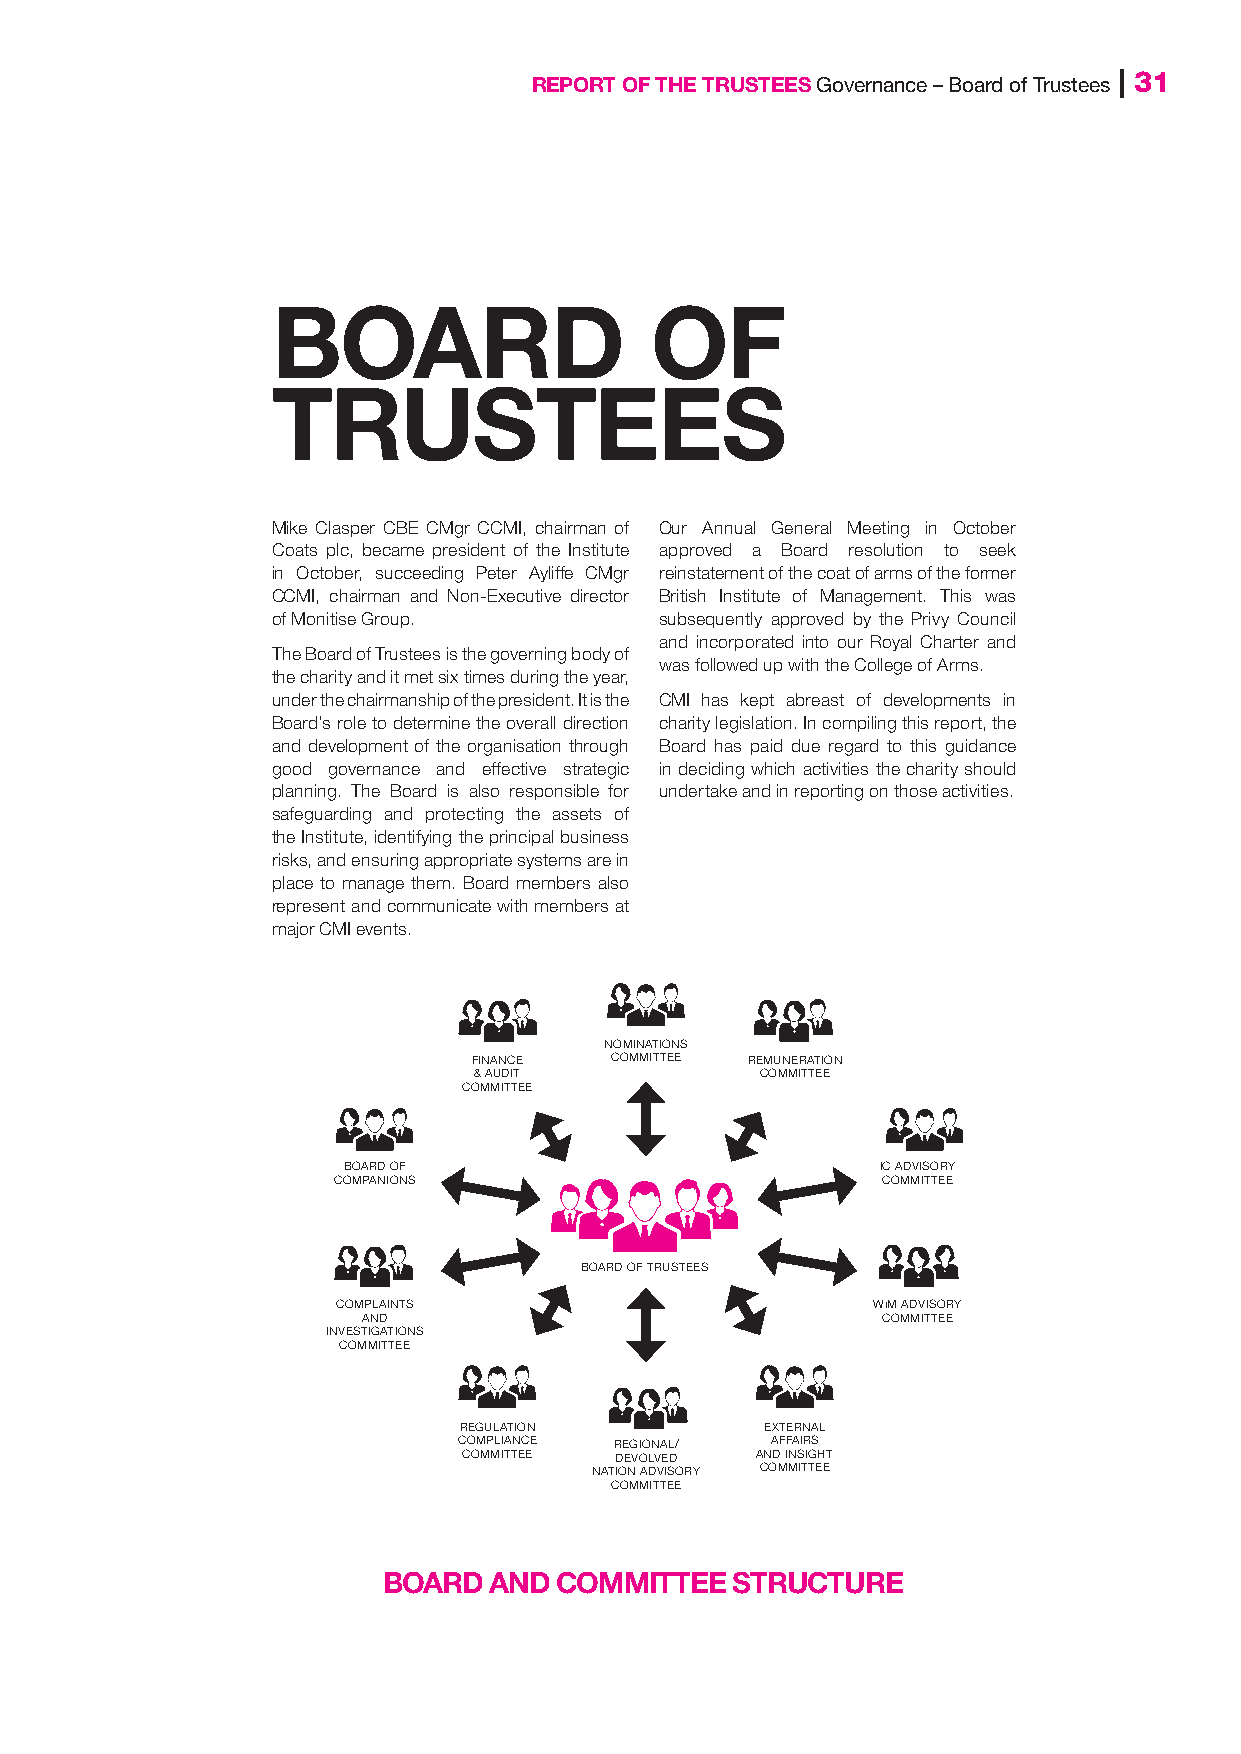
REPORT OF THE TRUSTEES Governance – Board of Trustees | 31
 BOARD                    OF
 TRUSTEES
 Mike Clasper CBE CMgr CCMI, chairman of Our Annual General Meeting in October
 Coats plc, became president of the Institute approved a Board resolution to seek
 in October, succeeding Peter Ayliffe CMgr reinstatement of the coat of arms of the former
 CCMI, chairman and Non-Executive director British Institute of Management. This was
 of Monitise Group.        subsequently approved by the Privy Council
 and incorporated into our Royal Charter and
 The Board of Trustees is the governing body of
 was followed up with the College of Arms.
 the charity and it met six times during the year,
 under the chairmanship of the president. It is the CMI has kept abreast of developments in
 Board’s role to determine the overall direction charity legislation. In compiling this report, the
 and development of the organisation through Board has paid due regard to this guidance
 good governance and effective strategic in deciding which activities the charity should
 planning. The Board is also responsible for undertake and in reporting on those activities.
 safeguarding and protecting the assets of
 the Institute, identifying the principal business
 risks, and ensuring appropriate systems are in
 place to manage them. Board members also
 represent and communicate with members at
 major CMI events.
 NOMINATIONS
 FINANCE  COMMITTEE REMUNERATION
 & AUDIT            COMMITTEE
 COMMITTEE
 BOARD OF                           IC ADVISORY
 COMPANIONS                          COMMITTEE
 BOARD OF TRUSTEES
 COMPLAINTS                          WiM ADVISORY
 AND                               COMMITTEE
 INVESTIGATIONS
 COMMITTEE
 REGULATION           EXTERNAL
 COMPLIANCE REGIONAL/ AFFAIRS
 COMMITTEE DEVOLVED AND INSIGHT
 NATION ADVISORY COMMITTEE
 COMMITTEE
 BOARD  AND  COMMITTEE   STRUCTURE